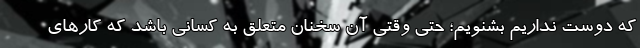
که دوست نداریم بشنویم؛ حتی وقتی آن سخنان متعلق به کسانی باشد که کارهای